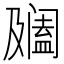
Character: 𨸍